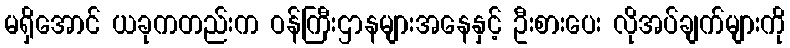
မရှိအောင် ယခုကတည်းက ဝန်ကြီးဌာနများအနေနှင့် ဦးစားပေး လိုအပ်ချက်များကို